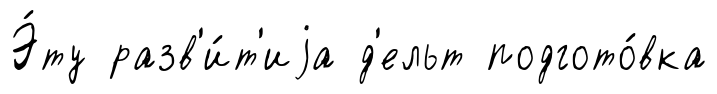
Э́ту разв'и́т'иjа д'ельт подгото́вка